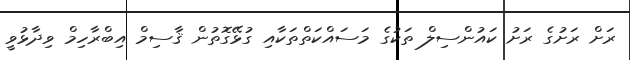
ރަށް ރަށުގެ ރަށު ކައުންސިލް ތަކުގެ މަސައްކަތްތަކާއި ގުޅޭގޮތުން ޤާސިމް އިބްރާހިމް ވިދާޅުވީ